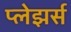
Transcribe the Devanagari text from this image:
प्लेझर्स